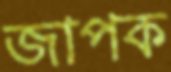
জাপক